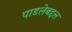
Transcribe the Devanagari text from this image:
पाडलेबद्दल